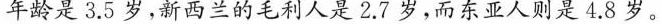
年龄是3.5岁，新西兰的毛利人是2.7岁，而东亚人则是4.8岁。